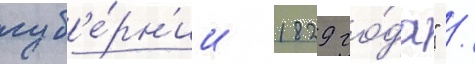
губ'е́рн'ии 1829 го́да" /